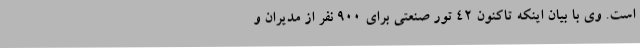
است. وی با بیان اینکه تاکنون 42 تور صنعتی برای 900 نفر از مدیران و